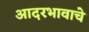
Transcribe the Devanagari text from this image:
आदरभावाचे